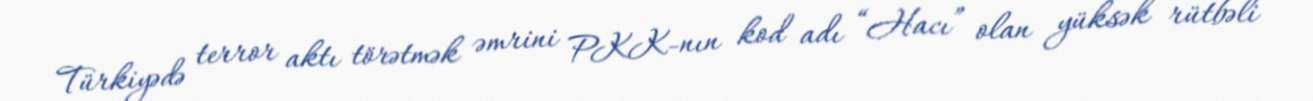
Türkiyədə terror aktı törətmək əmrini PKK-nın kod adı “Hacı” olan yüksək rütbəli